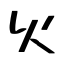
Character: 火